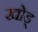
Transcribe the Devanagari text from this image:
खोड्